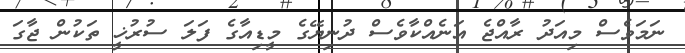
ނަމަވެސް މިއަދު ރާއްޖެ އަނެއްކާވެސް ދުނިޔޭގެ މީޑިއާގެ ފަލަ ސުރުޚީ ތަކުން ޖާގަ